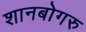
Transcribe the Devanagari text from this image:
शानबोगरु